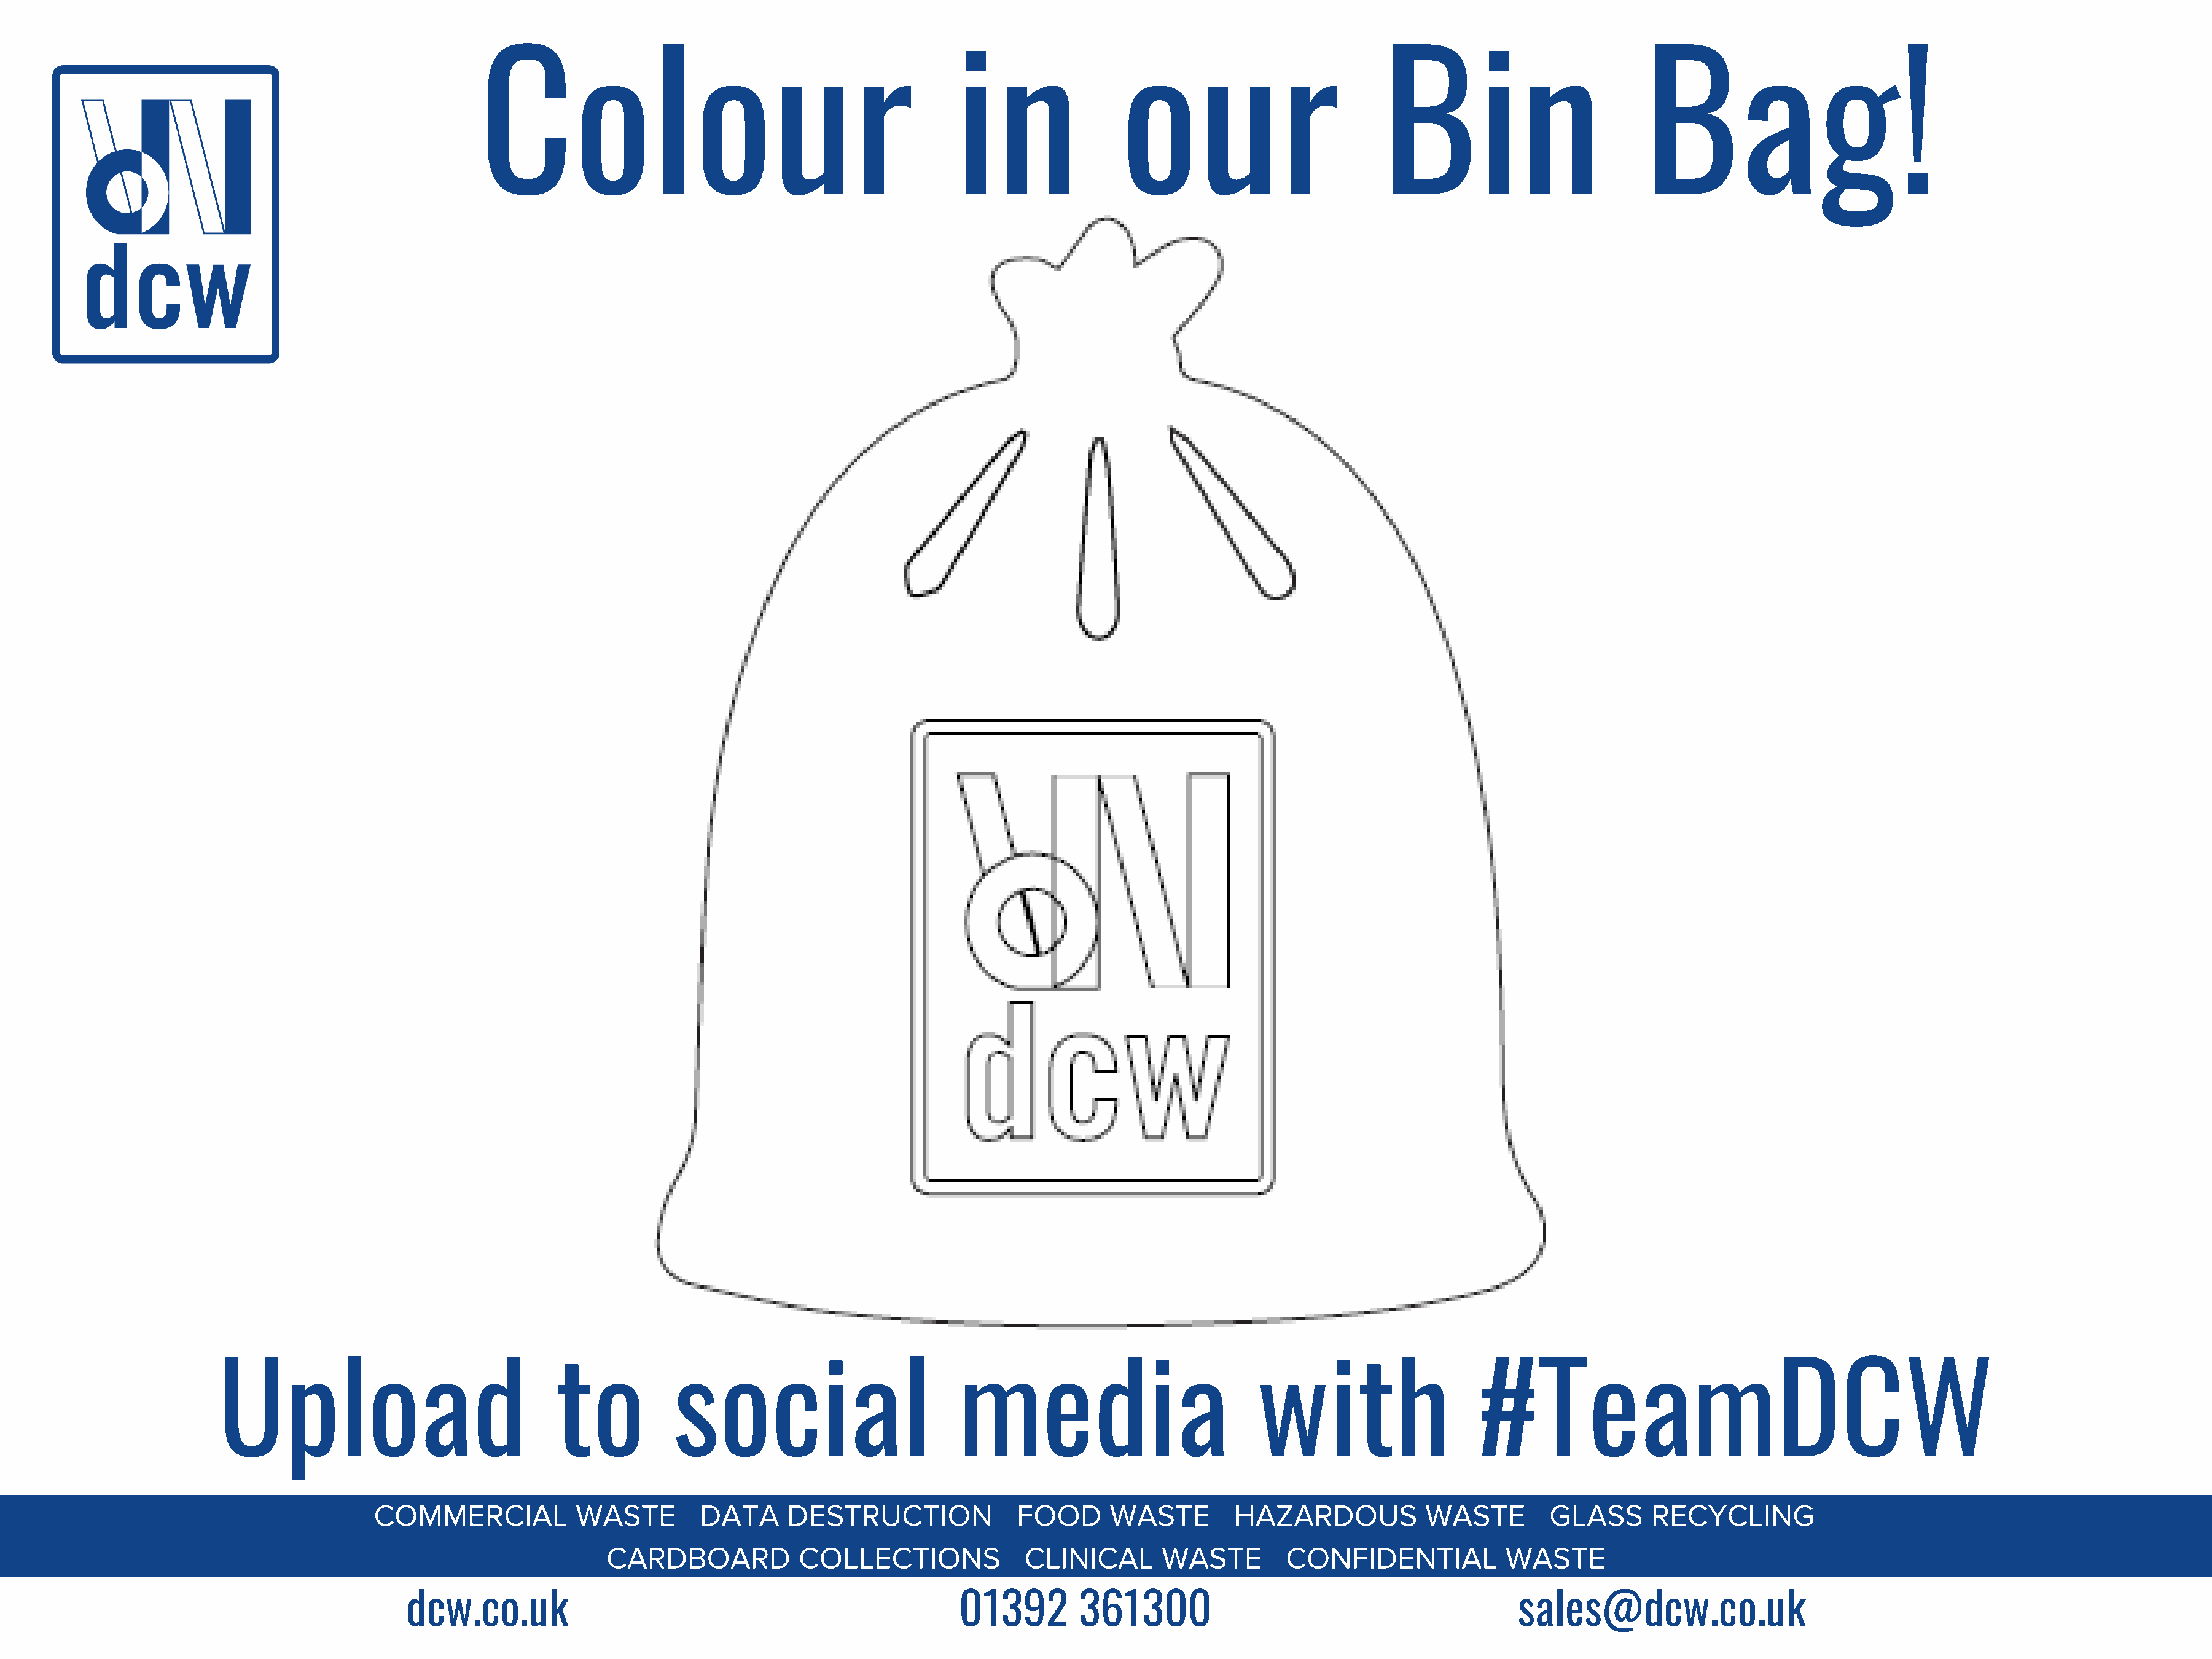
Colour                                             in                our                         Bin                         Bag!
 Upload                              to           social                        media                           with                    #TeamDCW
 COMMERCIAL            WASTE        DATA      DESTRUCTION              FOOD      WASTE        HAZARDOUS            WASTE        GLASS      RECYCLING
 CARDBOARD            COLLECTIONS             CLINICAL       WASTE         CONFIDENTIAL           WASTE
 dcw.co.uk                                                  01392        361300                                          sales@dcw.co.uk